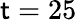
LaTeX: \mathsf{t}=25